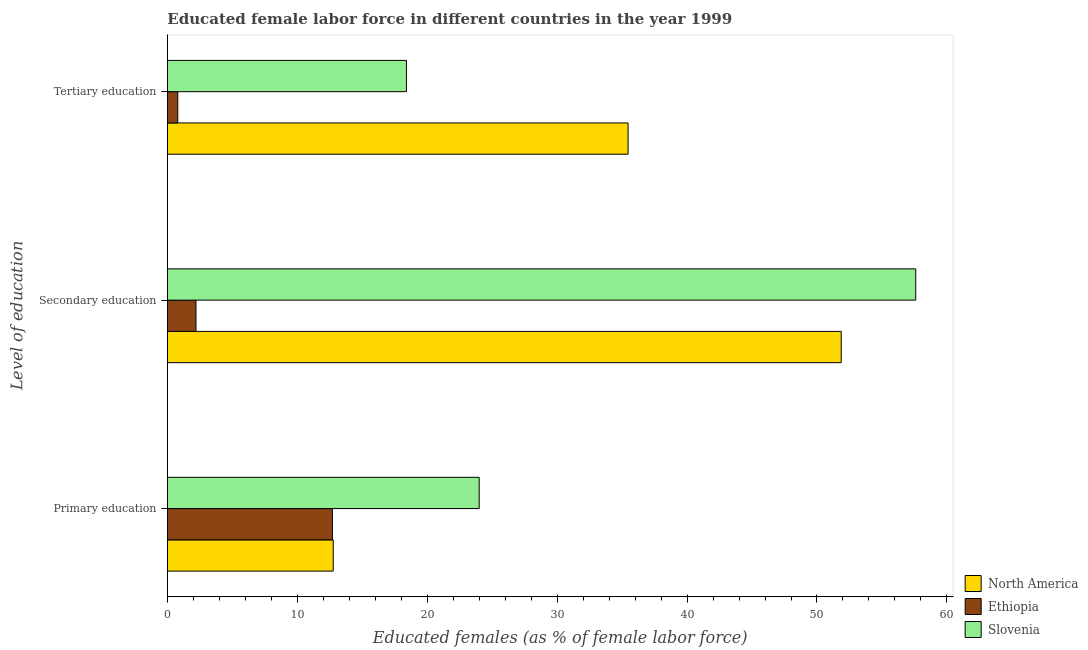
| Level of education | North America | Ethiopia | Slovenia |
 | --- | --- | --- | --- |
 | Primary education | 12.8 | 12.7 | 24 |
 | Secondary education | 51.9 | 2.2 | 57.6 |
 | Tertiary education | 35.5 | 0.8 | 18.4 |